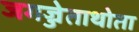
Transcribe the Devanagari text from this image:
जगज्जेताथोता